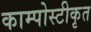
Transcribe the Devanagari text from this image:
काम्पोस्टीकृत